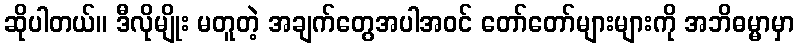
ဆိုပါတယ်။ ဒီလိုမျိုး မတူတဲ့ အချက်တွေအပါအဝင် တော်တော်များများကို အဘိဓမ္မာမှာ